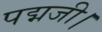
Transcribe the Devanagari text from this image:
पद्मजी।